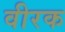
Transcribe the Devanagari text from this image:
वीरक